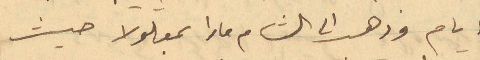
أيام وذهب الى الشام مارا بمعلولا حيث